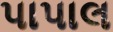
પાપાલ